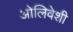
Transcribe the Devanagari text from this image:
ओलिवेशी